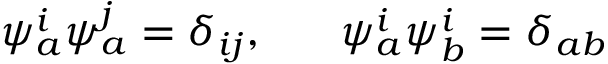
\psi _ { a } ^ { i } \psi _ { a } ^ { j } = \delta _ { i j } , \; \; \; \; \; \; \psi _ { a } ^ { i } \psi _ { b } ^ { i } = \delta _ { a b }